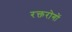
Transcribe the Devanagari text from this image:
रक्तरोगों